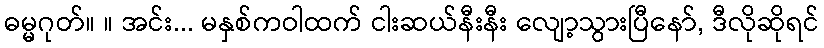
ဓမ္မဂုတ်။ ။ အင်း... မနှစ်ကဝါထက် ငါးဆယ်နီးနီး လျော့သွားပြီနော်, ဒီလိုဆိုရင်